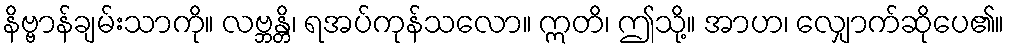
နိဗ္ဗာန်ချမ်းသာကို။ လဗ္ဘန္တိ၊ ရအပ်ကုန်သလော။ ဣတိ၊ ဤသို့။ အာဟ၊ လျှောက်ဆိုပေ၏။